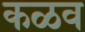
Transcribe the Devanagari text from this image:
कळव